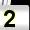
Digit: 2